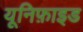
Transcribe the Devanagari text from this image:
यूनिफ़ाइड